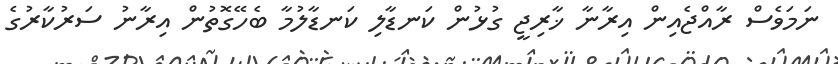
ނަމަވެސް ރާއްޖެއިން އިރާނާ ޚާރިޖީ ގުޅުން ކަނޑާލި ކަނޑާލުމާ ބެހޭގޮތުން އިރާނު ސަރުކާރުގެ